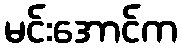
မင်းအောင်က